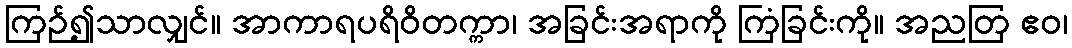
ကြဉ်၍သာလျှင်။ အာကာရပရိဝိတက္ကာ၊ အခြင်းအရာကို ကြံခြင်းကို။ အညတြ ဧဝ၊